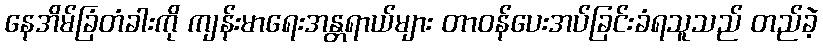
နေအိမ်ခြံတံခါးကို ကျန်းမာရေးအန္တရာယ်များ တာဝန်ပေးအပ်ခြင်းခံရသူသည် တည်ခဲ့